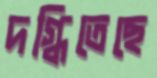
দগ্ধিতেছে